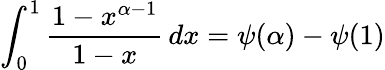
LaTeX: \int_{0}^{1}{\frac{1-x^{\alpha-1}}{1-x}}\, dx=\psi(\alpha)-\psi(1)